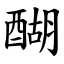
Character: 醐